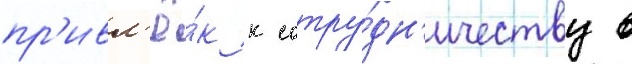
пр'ивл'ё́к к сотру́дн'ичеству в